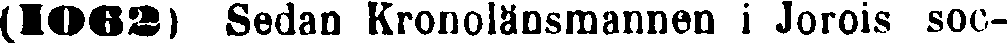
(1062) Sedan Kronolänsmannen i Jorois sock-